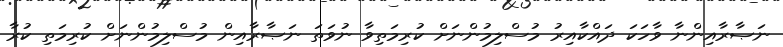
ނަޞާރާއިންނާ ވާހަކަ ދައްކާއިރު މުސްލިމުންނަށް ކުރިމަތިވާ ނުވަތަ ނަޞާރާއިން މުސްލިމުންނަށް ކުރިމަތި ކުރާ